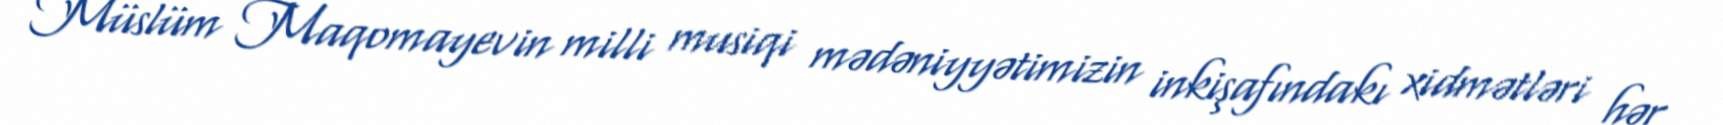
Müslüm Maqomayevin milli musiqi mədəniyyətimizin inkişafındakı xidmətləri hər